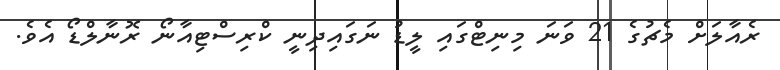
ރެއާލަށް މެޗުގެ 21 ވަނަ މިނިޓްގައި ލީޑު ނަގައިދިނީ ކްރިސްޓިއާނޯ ރޮނާލްޑޯ އެވެ.